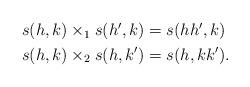
LaTeX: \begin{align*} \begin{aligned} s(h,k)\times_1 s(h',k) &= s(hh',k)\\ s(h,k)\times_2 s(h,k') &= s(h,kk'). \end{aligned}\end{align*}